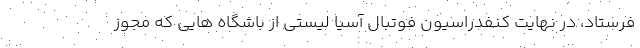
فرستاد، در نهایت کنفدراسیون فوتبال آسیا لیستی از باشگاه هایی که مجوز